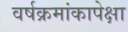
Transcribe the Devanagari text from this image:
वर्षक्रमांकापेक्षा